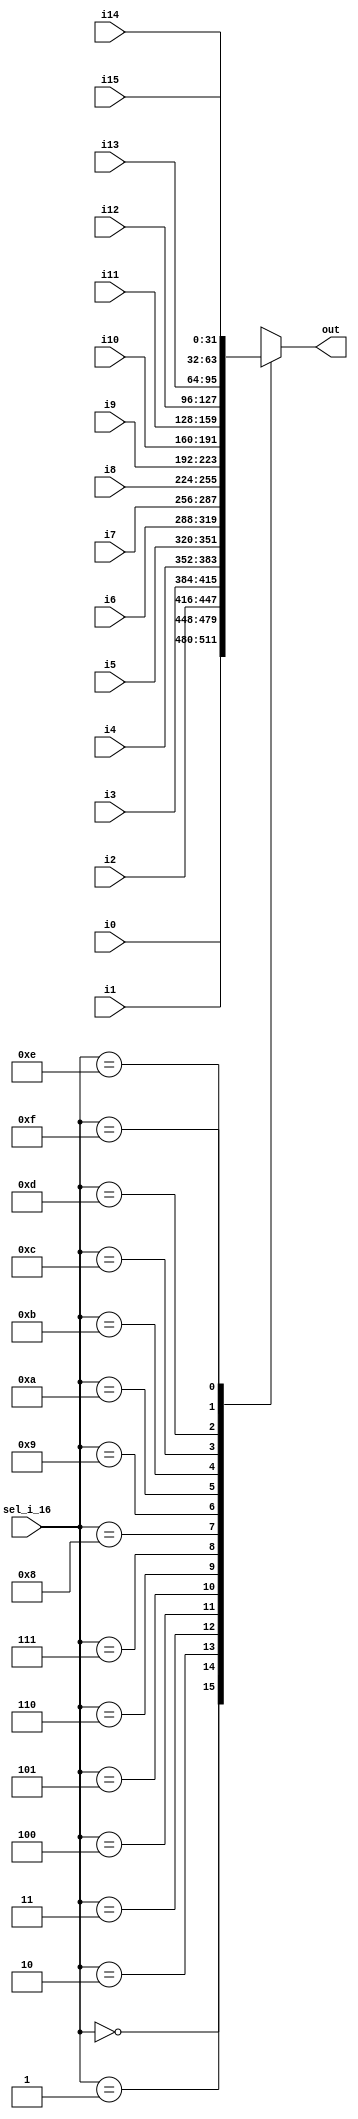
`timescale 1ns / 1ps
//////////////////////////////////////////////////////////////////////////////////

// Design Name:    KH32 & KH16
// Module Name:    MUX_16_to_1_32bit  
// Project Name:   Throughput Processor 
// Description:    This part is the MUX.
//
// Revision: 1.0v
//
//////////////////////////////////////////////////////////////////////////////////
module MUX_16_to_1_32bit(
sel_i_16,
out,
i0,
i1,
i2,
i3,
i4,
i5,
i6,
i7,
i8,
i9,
i10,
i11,
i12,
i13,
i14,
i15
    );

input wire [31:0] i0;
input wire [31:0] i1;
input wire [31:0] i2;
input wire [31:0] i3;
input wire [31:0] i4;
input wire [31:0] i5;
input wire [31:0] i6;
input wire [31:0] i7;
input wire [31:0] i8;
input wire [31:0] i9;
input wire [31:0] i10;
input wire [31:0] i11;
input wire [31:0] i12;
input wire [31:0] i13;
input wire [31:0] i14;
input wire [31:0] i15;

input wire [3:0] sel_i_16;
output [31:0] out;


reg  [31:0] out;

always@(*)
begin
	case(sel_i_16)
	4'b0000:
		begin
			out = i0;
		end
	4'b0001:
		begin
			out = i1;
		end
	4'b0010:
		begin
			out = i2;
		end
	4'b0011:
		begin
			out = i3;
		end
	4'b0100:
		begin
			out = i4;
		end
	4'b0101:
		begin
			out = i5;
		end
	4'b0110:
		begin
			out = i6;
		end
	4'b0111:
		begin
			out = i7;
		end
	4'b1000:
		begin
			out = i8;
		end
	4'b1001:
		begin
			out = i9;
		end
	4'b1010:
		begin
			out = i10;
		end
	4'b1011:
		begin
			out = i11;
		end
	4'b1100:
		begin
			out = i12;
		end
	4'b1101:
		begin
			out = i13;
		end
	4'b1110:
		begin
			out = i14;
		end
	4'b1111:
		begin
			out = i15;
		end
	endcase
end
endmodule